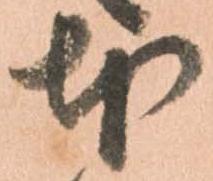
本